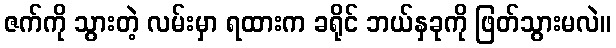
ဇက်ကို သွားတဲ့ လမ်းမှာ ရထားက ခရိုင် ဘယ်နှခုကို ဖြတ်သွားမလဲ။